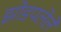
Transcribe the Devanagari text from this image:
झोडपलेले